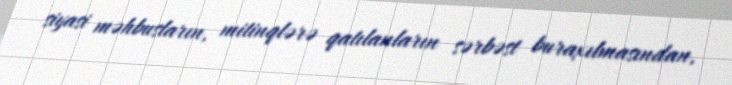
siyasi məhbusların, mitinqlərə qatılanların sərbəst buraxılmasından,